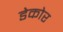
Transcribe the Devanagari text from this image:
डेकोर